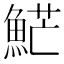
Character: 𩷶